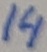
Text: 14